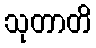
သုတာတိ